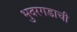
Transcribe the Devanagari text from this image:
भुदरगडाची